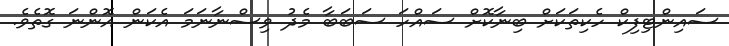
ސައިންޓިފިކް ހެކިތަކަށް ބިނާކޮށް ސައްހަ ސަބަބާ މެދު ވިސްނާނަމަ އެކަން އޮންނަ ގޮތެވެ.